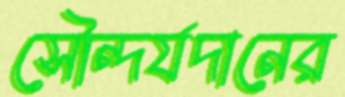
সৌন্দর্যদানের